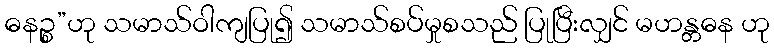
ဓနဉ္စ”ဟု သမာသ်ဝါကျပြု၍ သမာသ်စပ်မှုစသည် ပြုပြီးလျှင် မဟန္တဓန ဟု